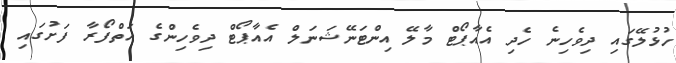
ހުޅުލޭގައި ދިވެހިނެ ހެދި އެއާޕޯޓް މާލޭ އިންޓަނޭޝަނަލް އެއާޕޯޓް ދިވެހިންގެ އަތްފޯރާ ފަށުގައި